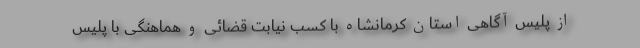
از پلیس آگاهی استان کرمانشاه با کسب نیابت قضائی و هماهنگی با پلیس